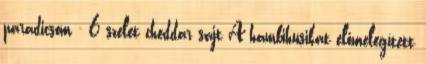
paradicsom - 6 szelet cheddar sajt A hambihusikat előmelegített